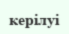
керілуі